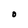
Character: O